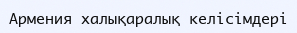
Армения халықаралық келісімдері